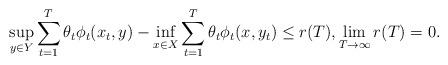
LaTeX: \begin{align*}\sup_{y \in Y} \sum_{t=1}^{T} \theta_t \phi_t(x_t,y) - \inf_{x \in X} \sum_{t=1}^{T} \theta_t \phi_t(x,y_t) \leq r(T), \lim_{T \to \infty} r(T) = 0.\end{align*}